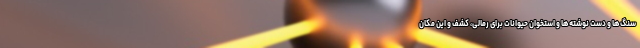
سنگ‌ها و دست نوشته‌ها و استخوان حیوانات برای رمالی، کشف و این مکان